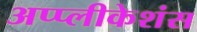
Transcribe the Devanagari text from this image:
अप्प्लीकेशंस